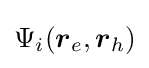
\Psi _{i}({\boldsymbol {r}}_{e},{\boldsymbol {r}}_{h})